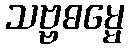
သဗ္ဗဓမ္မေ